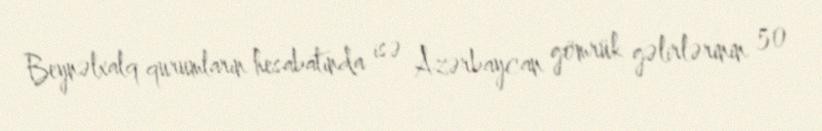
Beynəlxalq qurumların hesabatında isə Azərbaycan gömrük gəlirlərinin 50